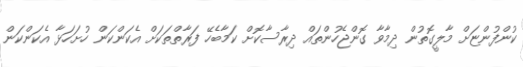
ކުންފުންޏަށް މާލީގޮތުން ދިމާވާ ގޮންޖެހުންތައް ދިރާސާކޮށް ކަމާބެހޭ ފަރާތްތަކަށް އެކަންކަން ހުށަހަޅާ އެކަންކަން